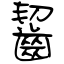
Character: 齧